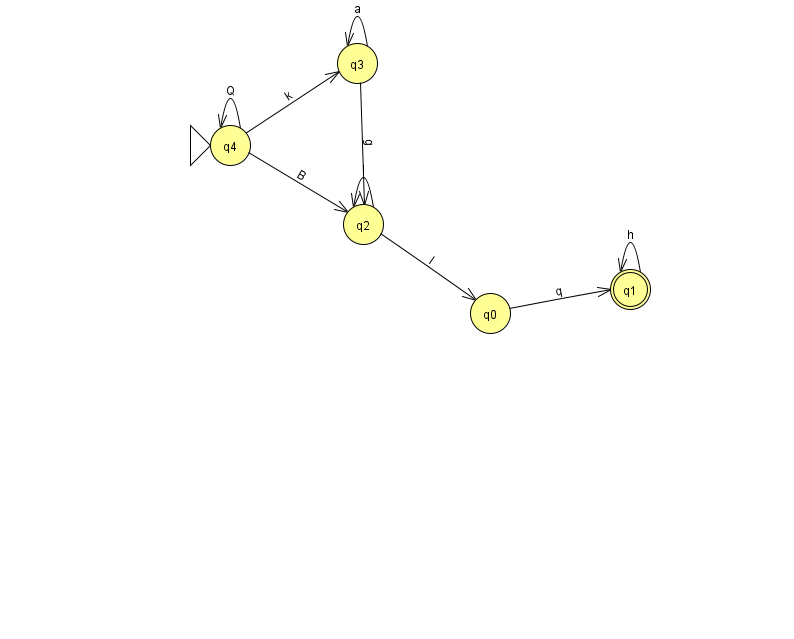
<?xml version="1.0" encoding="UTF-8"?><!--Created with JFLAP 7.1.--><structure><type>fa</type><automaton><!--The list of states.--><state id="0" name="q0"><x>490.0</x><y>300.0</y></state><state id="1" name="q1"><x>630.0</x><y>276.0</y><final/></state><state id="2" name="q2"><x>363.0</x><y>211.0</y></state><state id="3" name="q3"><x>357.0</x><y>50.0</y></state><state id="4" name="q4"><x>230.0</x><y>132.0</y><initial/></state><!--The list of transitions.--><transition><from>3</from><to>3</to><read>a</read></transition><transition><from>4</from><to>4</to><read>Q</read></transition><transition><from>1</from><to>1</to><read>h</read></transition><transition><from>0</from><to>1</to><read>q</read></transition><transition><from>2</from><to>2</to><read>I</read></transition><transition><from>4</from><to>2</to><read>B</read></transition><transition><from>4</from><to>3</to><read>k</read></transition><transition><from>2</from><to>0</to><read>l</read></transition><transition><from>3</from><to>2</to><read>g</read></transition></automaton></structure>